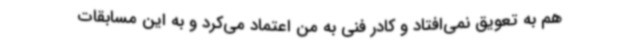
هم به تعویق نمی‌افتاد و کادر فنی به من اعتماد می‌کرد و به این مسابقات